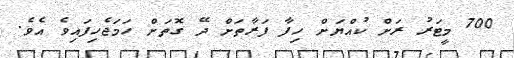
700 މީޓަރު ރަށް ކުއްޔަށް ހިފާ ފަރާތަށް ދޭ ގޮތަށް ހަމަޖެހިފައިވެ އެވެ.